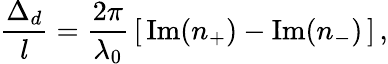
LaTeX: \frac{\Delta_{d}}{l}=\frac{2\pi}{\lambda_{0}}\, \left[\, \mathrm{Im}(n_{+})-\mathrm{Im}(n_{-})\, \right]\, ,